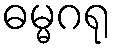
ဓမ္မဂရု